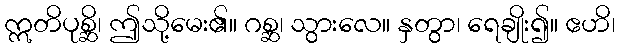
ဣတိပုစ္ဆိ၊ ဤသို့မေး၏။ ဂစ္ဆ၊ သွားလေ။ နှတွာ၊ ရေချိုး၍။ ဧဟိ၊